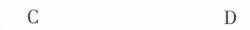
C D